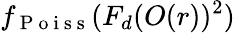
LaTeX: f_{\mathrm{~P~o~i~s~s~}}(F_{d}(O(r))^{2})